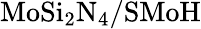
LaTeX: \mathrm{MoSi_{2}N_{4}/SMoH}